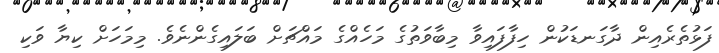
ފަޅުތެރެއިން ދާގަނޑަކުން ހިފާފައިވާ މިބާވަތުގެ މަހެއްގެ މައްޗަށް ބަލައިގެންނެވެ. މިމަހަށް ކިޔާ ވަކި